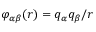
\varphi _ { \alpha \beta } ( \boldsymbol { r } ) = q _ { \alpha } q _ { \beta } / r